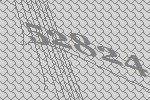
52824